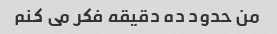
من حدود ده دقیقه فکر می کنم